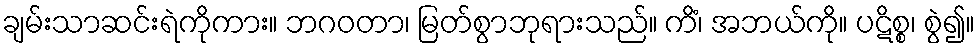
ချမ်းသာဆင်းရဲကိုကား။ ဘဂဝတာ၊ မြတ်စွာဘုရားသည်။ ကိံ၊ အဘယ်ကို။ ပဋိစ္စ၊ စွဲ၍။